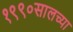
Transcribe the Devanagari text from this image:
१९९०सालच्या